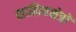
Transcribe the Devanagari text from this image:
साहित्यक्षेत्रों